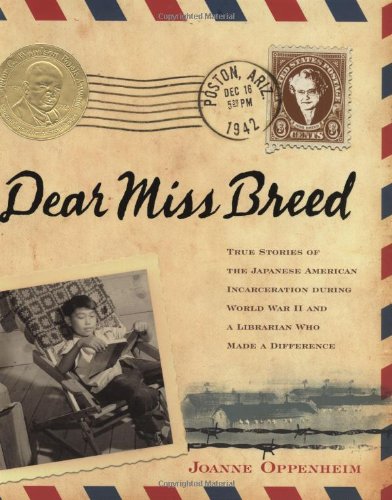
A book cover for Dear Miss Breed: True Stories of the Japanese American Incarceration During World War II and a Librarian Who Made a Difference; Joanne Oppenheim; Literature & Fiction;